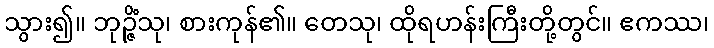
သွား၍။ ဘုဉ္ဇိံသု၊ စားကုန်၏။ တေသု၊ ထိုရဟန်းကြီးတို့တွင်။ ဧကဿ၊